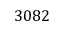
3 0 8 2